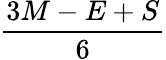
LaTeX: \frac{3M-E+S}{6}